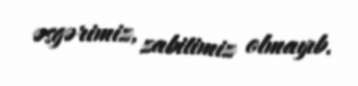
əsgərimiz, zabitimiz olmayıb.